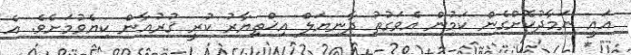
އައީ ނަމާދުކޮށްގެން ކަމުން އެވަގުތު ދާނިޔަލް އިޚްތިޔާރު ކުރީ ޤުރުއާން ކިޔެވުމަށެވެ. އެ